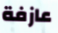
عازفة